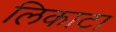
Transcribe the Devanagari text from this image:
लिकाटा